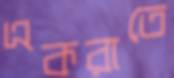
একরাতে